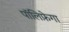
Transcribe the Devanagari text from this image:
पॉलिफ़ेगा